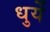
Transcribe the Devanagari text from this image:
धुर्ये